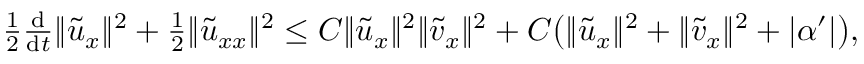
\begin{array} { r } { \frac 1 2 \frac { \mathrm { d } } { \mathrm { d } t } \| { \tilde { u } } _ { x } \| ^ { 2 } + \frac 1 2 \| { \tilde { u } } _ { x x } \| ^ { 2 } \le C \| { \tilde { u } } _ { x } \| ^ { 2 } \| { \tilde { v } } _ { x } \| ^ { 2 } + C \big ( \| { \tilde { u } } _ { x } \| ^ { 2 } + \| { \tilde { v } } _ { x } \| ^ { 2 } + | \alpha ^ { \prime } | \big ) , } \end{array}